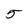
Character: 5